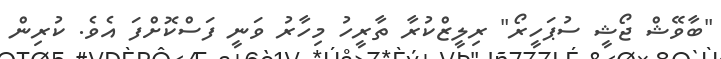
"ބާވޭޝް ޖޯޝީ ސުޕަހީރޯ" ރިލީޒްކުރާ ތާރީހު މިހާރު ވަނީ ފަސްކޮށްފަ އެވެ. ކުރިން